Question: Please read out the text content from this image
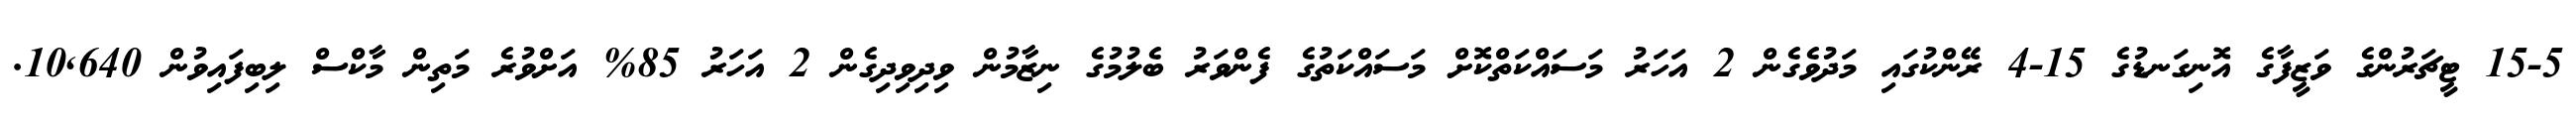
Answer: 15-5 ޓީޗަރުންގެ ވަޒީފާގެ އޮނިގަނޑުގެ 15-4 ރޭންކުގައި މަދުވެގެން 2 އަހަރު މަސައްކަތްކޮށް މަސައްކަތުގެ ފެންވަރު ބެލުމުގެ ނިޒާމުން ވިދިވިދިގެން 2 އަހަރު 85% އަށްވުރެ މަތިން މާކްސް ލިބިފައިވުން 10,640.